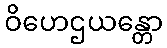
ဝိဟေဌယန္တော